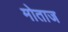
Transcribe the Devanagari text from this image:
मोताज